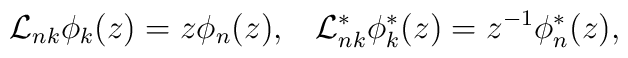
{\cal L}_{nk}\phi_{k}(z)=z\phi_{n}(z),\;\;\;{\cal L}_{nk}^{*}\phi_{k}^{*}(z)=z^{-1}\phi_{n}^{*}(z),